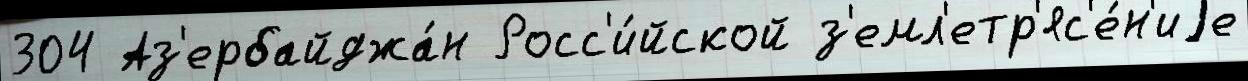
304 Аз'ербайджа́н Росс'и́йской з'емл'етр'яс'е́н'иjе